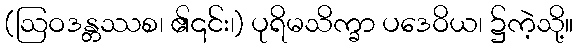
(ဩဝဒန္တဿစ၊ ၏၎င်း၊) ပုရိမသိက္ခာ ပဒေဝိယ၊ ၌ကဲ့သို့။